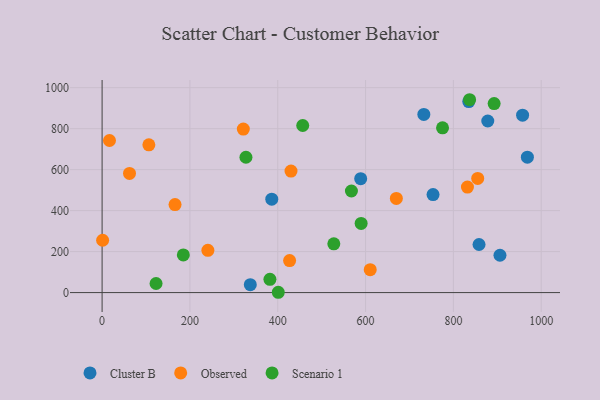
{"axis": {"x": "Price", "y": "Exam Score"}, "legend": ["Cluster B", "Observed", "Scenario 1"], "data": [{"x": "386.4", "y": 455.9, "type": "Cluster B"}, {"x": "732.7", "y": 869.3, "type": "Cluster B"}, {"x": "878.3", "y": 837.3, "type": "Cluster B"}, {"x": "858.4", "y": 234.6, "type": "Cluster B"}, {"x": "957.6", "y": 865.7, "type": "Cluster B"}, {"x": "906.1", "y": 182.2, "type": "Cluster B"}, {"x": "968.5", "y": 661.0, "type": "Cluster B"}, {"x": "753.7", "y": 478.1, "type": "Cluster B"}, {"x": "588.9", "y": 556.0, "type": "Cluster B"}, {"x": "835.0", "y": 932.1, "type": "Cluster B"}, {"x": "337.5", "y": 38.7, "type": "Cluster B"}, {"x": "427.0", "y": 156.3, "type": "Observed"}, {"x": "832.0", "y": 514.9, "type": "Observed"}, {"x": "670.1", "y": 459.3, "type": "Observed"}, {"x": "321.6", "y": 798.1, "type": "Observed"}, {"x": "166.1", "y": 429.5, "type": "Observed"}, {"x": "1.2", "y": 255.3, "type": "Observed"}, {"x": "16.8", "y": 742.3, "type": "Observed"}, {"x": "430.2", "y": 592.9, "type": "Observed"}, {"x": "610.6", "y": 112.0, "type": "Observed"}, {"x": "855.4", "y": 557.3, "type": "Observed"}, {"x": "240.9", "y": 206.2, "type": "Observed"}, {"x": "106.5", "y": 721.0, "type": "Observed"}, {"x": "62.4", "y": 581.3, "type": "Observed"}, {"x": "185.0", "y": 183.8, "type": "Scenario 1"}, {"x": "382.2", "y": 64.5, "type": "Scenario 1"}, {"x": "836.9", "y": 941.2, "type": "Scenario 1"}, {"x": "122.9", "y": 44.4, "type": "Scenario 1"}, {"x": "401.2", "y": 1.5, "type": "Scenario 1"}, {"x": "567.8", "y": 495.8, "type": "Scenario 1"}, {"x": "327.6", "y": 660.4, "type": "Scenario 1"}, {"x": "527.7", "y": 238.0, "type": "Scenario 1"}, {"x": "775.3", "y": 804.3, "type": "Scenario 1"}, {"x": "456.9", "y": 815.3, "type": "Scenario 1"}, {"x": "589.9", "y": 337.5, "type": "Scenario 1"}, {"x": "892.8", "y": 922.3, "type": "Scenario 1"}]}